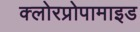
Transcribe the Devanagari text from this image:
क्लोरप्रोपामाइड